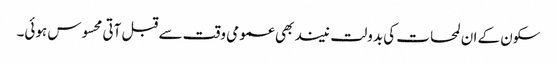
سکون کے ان لمحات کی بدولت نیند بھی عمومی وقت سے قبل آتی محسوس ہوئی۔